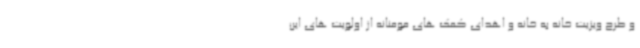
و طرح ویزیت خانه به خانه و اهدای کمک های مومنانه از اولویت های این